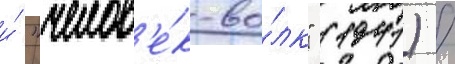
и́ "челов'е́к-во́лк" (1941) /